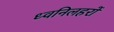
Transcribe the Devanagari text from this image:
ध्वनिलहरों